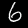
Label: 6